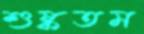
শুষ্কতম